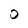
Character: O